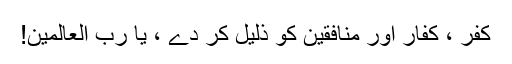
کفر ، کفار اور منافقین کو ذلیل کر دے ، یا رب العالمین!